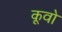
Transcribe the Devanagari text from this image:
कूवो